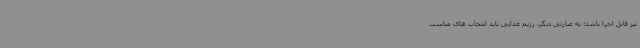
نیز قابل اجرا باشد؛ به عبارتی دیگر، رژیم غذایی باید انتخاب های مناسب